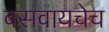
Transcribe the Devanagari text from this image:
बसवायचेच